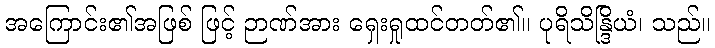
အကြောင်း၏အဖြစ် ဖြင့် ဉာဏ်အား ရှေးရှုထင်တတ်၏။ ပုရိသိန္ဒြိယံ၊ သည်။